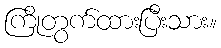
ကြိုတွက်ထားပြီးသား။